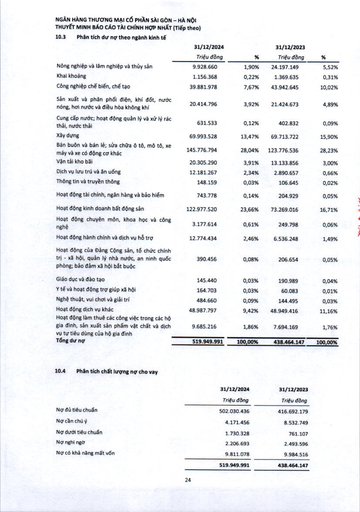
||31/12/2024 Triệu đồng|%|31/12/2023 Triệu đồng|%| |---|---|---|---|---| |Nông nghiệp và lâm nghiệp và thủy sản|9.928.660|1,90%|24.197.149|5,52%| |Khai khoáng|1.156.368|0,22%|1.369.635|0,31%| |Công nghiệp chế biến, chế tạo|39.881.978|7,67%|43.942.645|10,02%| |Sản xuất và phân phối điện, khí đốt, nước nóng, hơi nước và điều hòa không khí|20.414.796|3,92%|21.424.673|4,89%| |Cung cấp nước; hoạt động quản lý và xử lý rác thải, nước thải|631.533|0,12%|402.832|0,09%| |Xây dựng|69.993.528|13,47%|69.713.722|15,90%| |Bán buôn và bán lẻ; sửa chữa ô tô, mô tô, xe máy và xe có động cơ khác|145.776.794|28,04%|123.776.536|28,23%| |Vận tải kho bãi|20.305.290|3,91%|13.133.856|3,00%| |Dịch vụ lưu trú và ăn uống|12.181.267|2,34%|2.890.657|0,66%| |Thông tin và truyền thông|148.159|0,03%|106.645|0,02%| |Hoạt động tài chính, ngân hàng và bảo hiểm|743.778|0,14%|204.929|0,05%| |Hoạt động kinh doanh bất động sản|122.977.520|23,66%|73.269.016|16,71%| |Hoạt động chuyên môn, khoa học và công nghệ|3.177.614|0,61%|249.798|0,06%| |Hoạt động hành chính và dịch vụ hỗ trợ|12.774.434|2,46%|6.536.248|1,49%| |Hoạt động của Đảng Cộng sản, tổ chức chính trị - xã hội, quản lý nhà nước an ninh quốc phòng; bảo đảm xã hội bắt buộc|390.456|0,08%|206.654|0,05%| |Giáo dục và đào tạo|145.440|0,03%|190.989|0,04%| |Y tế và hoạt động trợ giúp xã hội|164.703|0,03%|60.083|0,01%| |Nghệ thuật, vui chơi và giải trí|484.660|0,09%|144.495|0,03%| |Hoạt động dịch vụ khác|48.987.797|9,42%|48.949.416|11,16%| |Hoạt động làm thuê các công việc trong các hộ gia đình, sản xuất sản phẩm vật chất và dịch vụ tự tiêu dùng của hộ gia đình|9.685.216|1,86%|7.694.169|1,76%| |Tổng dư nợ|519.949.991|100,00%|438.464.147|100,00%| ||31/12/2024|31/12/2023| |---|---|---| ||Triệu đồng|Triệu đồng| |Nợ đủ tiêu chuẩn|502.030.436|416.692.179| |Nợ cần chú ý|4.171.456|8.532.749| |Nợ dưới tiêu chuẩn|1.730.328|761.107| |Nợ nghi ngờ|2.206.693|2.493.596| |Nợ có khả năng mất vốn|9.811.078|9.984.516| ||519.949.991|438.464.147|